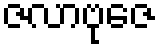
ဇလာဗုဇေ